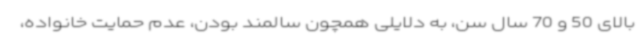
بالای 50 و 70 سال سن، به دلایلی همچون سالمند بودن، عدم حمایت خانواده،